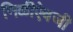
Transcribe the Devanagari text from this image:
निळीऐवजी